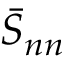
\bar { S } _ { n n }